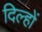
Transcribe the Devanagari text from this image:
दिल्हों